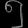
Digit: ၅